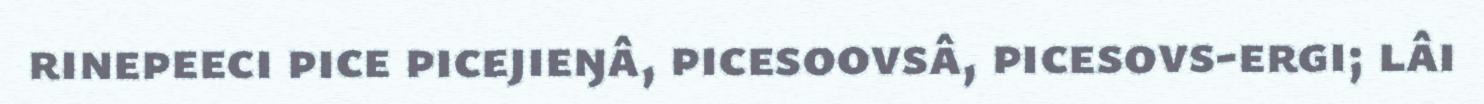
rinepeeci pice picejieŋâ, picesoovsâ, picesovs-ergi; lâi